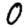
Digit: 0